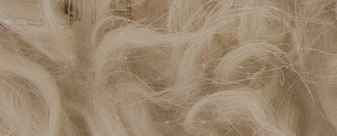
محل التميمي للأثاث الحديث